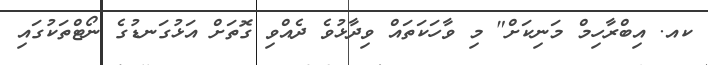
ކއ. އިބްރާހިމް މަނިކަށް" މި ވާހަކަތައް ވިދާޅުވެ ދެއްވި ގޮތަށް އަޅުގަނޑުގެ ނޯޯޓްތަކުގައި